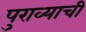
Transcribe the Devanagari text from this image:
पुराव्याची